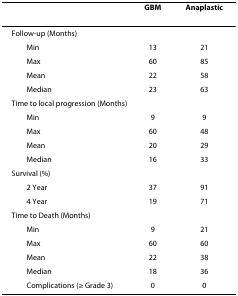
|  | GBM | Anaplastic |
 | --- | --- | --- |
 | <COLSPAN=2> Follow-up (Months) |  |
 | Min | 13 | 21 |
 | Max | 60 | 85 |
 | Mean | 22 | 58 |
 | Median | 23 | 63 |
 | <COLSPAN=3> Time to local progression (Months) |
 | Min | 9 | 9 |
 | Max | 60 | 48 |
 | Mean | 20 | 29 |
 | Median | 16 | 33 |
 | <COLSPAN=2> Survival (%) |  |
 | 2 Year | 37 | 91 |
 | 4 Year | 19 | 71 |
 | <COLSPAN=3> Time to Death (Months) |
 | Min | 9 | 21 |
 | Max | 60 | 60 |
 | Mean | 22 | 38 |
 | Median | 18 | 36 |
 | Complications (≥ Grade 3) | 0 | 0 |